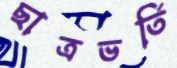
ছাত্রভর্তি